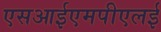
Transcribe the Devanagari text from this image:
एसआईएमपीएलई